Scientific memoirs by medical officers of the Army of India - Part XII,
Year: 1901
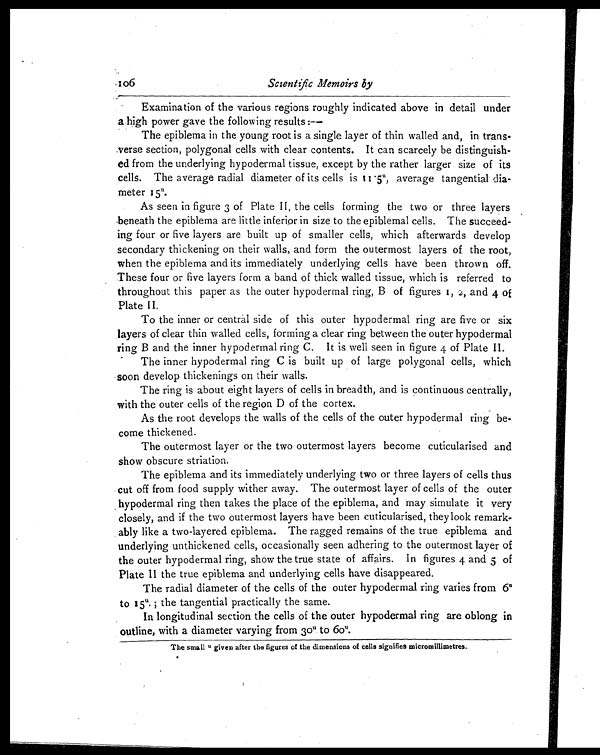
106
Scientific Memoirs by
Examination of the various regions roughly indicated above in detail under
a high power gave the following results :
—
The epiblema in the young root is a single layer of thin walled and, in trans-
verse section, polygonal cells with clear contents. It can scarcely be distinguish
-ed from the underlying hypodermal tissue, except by the rather larger size of its
cells. The average radial diameter of its cells is 11 . 5u , average tangential dia-
meter 15
u
.
As seen in figure 3 of Plate II, the cells forming the two or three layers
beneath the epiblema are little inferior in size to the epiblemal cells. The succeed-
ing four or five layers are built up of smaller cells, which afterwards develop
secondary thickening on their walls, and form the outermost layers of the root,
when the epiblema and its immediately underlying cells have been thrown off.
These four or five layers form a band of thick walled tissue, which is referred to
throughout this paper as the outer hypodermal ring, B of figures I, 2, and 4 of
Plate II.
To the inner or central side of this outer hypodermal ring are five or six
layers of clear thin walled cells, forming a clear ring between the outer hypodermal
ring B and the inner hypodermal ring C. It is well seen in figure 4 of Plate II.
The inner hypodermal ring C is built up of large polygonal cells, which
soon develop thickenings on their walls.
The ring is about eight layers of cells in breadth, and is continuous centrally,
with the outer cells of the region D of the cortex.
As the root develops the walls of the cells of the outer hypodermal ring be-
come thickened.
The outermost layer or the two outermost layers become cuticularised and
show obscure striation.
The epiblema and its immediately underlying two or three layers of cells thus
cut off from food supply wither away. The outermost layer of cells of the outer
hypodermal ring then takes the place of the epiblema, and may simulate it very
closely, and if the two outermost layers have been cuticularised, they look remark-
ably like a two-layered epiblema. The ragged remains of the true epiblema and
underlying unthickened cells, occasionally seen adhering to the outermost layer of
the outer hypodermal ring, show the true state of affairs. In figures 4 and 5 of
Plate II the true epiblema and underlying cells have disappeared.
The radial diameter of the cells of the outer hypodermal ring varies from 6
u
to 15u . the tangential practically the same.
In longitudinal section the cells of the outer hypodermal ring are oblong in
outline, with a diameter varying from 30 u to 60
u
.
The small u given after the figures of the dimensions of cells signifies micromillimetres.